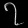
Digit: ၇